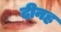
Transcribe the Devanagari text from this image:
दीनह